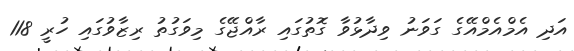
އަދި އެމްއެމްއޭގެ ގަވަނު ވިދާޅުވާ ގޮތުގައި ރާއްޖޭގެ މިވަގުތު ރިޒާވުގައި ހުރީ 118